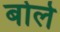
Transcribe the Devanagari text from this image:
बोलेे